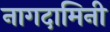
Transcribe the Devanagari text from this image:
नागदामिनी